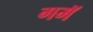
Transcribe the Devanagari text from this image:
गमॅ